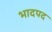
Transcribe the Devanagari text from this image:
भादपद